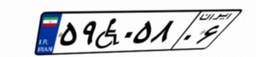
۵۹W۰۵۸۰۶